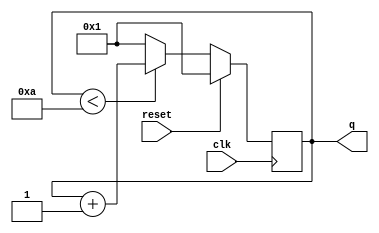
module top_module (
    input clk,
    input reset,
    output [3:0] q);
    always@(posedge clk) begin
        if(reset)
            q <= 4'h1;
        else begin
            if(q<10)
                q <= q+1;
        	else
                q <= 1;
    	end
    end
endmodule